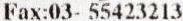
FAX:03- 55423213